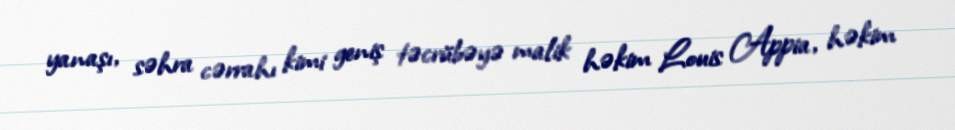
yanaşı, səhra cərrahı kimi geniş təcrübəyə malik həkim Louis Appia, həkim